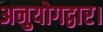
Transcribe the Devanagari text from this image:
अनुयोगद्वार।